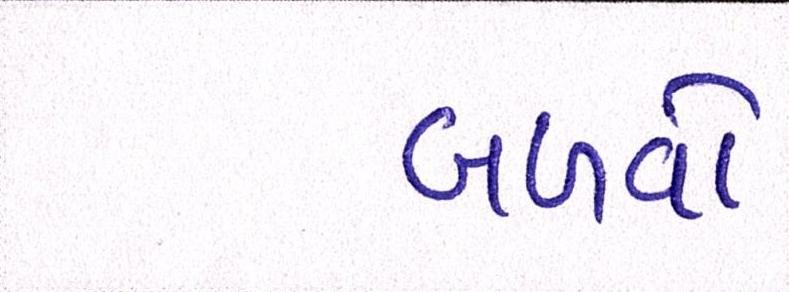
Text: બળવો